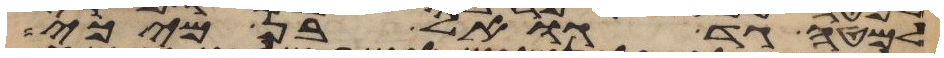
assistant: למטה גד גואל בן מיכי